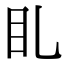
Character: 𥃤